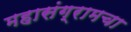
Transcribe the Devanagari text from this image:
महासंग्रामचा